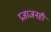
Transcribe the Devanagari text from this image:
प्रजाजनही